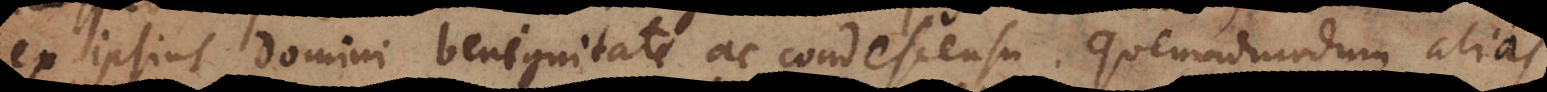
ex ipsius domini benignitate ac condescensu. Quemadmodum alias